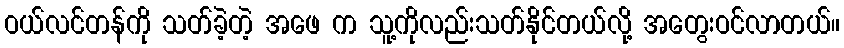
ဝယ်လင်တန်ကို သတ်ခဲ့တဲ့ အဖေ က သူ့ကိုလည်းသတ်နိုင်တယ်လို့ အတွေးဝင်လာတယ်။